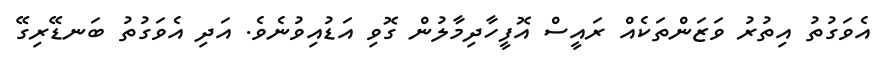
އެވަގުތު އިތުރު ވަޒަންތަކެއް ރައީސް އޮފީހާދިމާލުން ގޮވި އަޑުއިވުނެވެ. އަދި އެވަގުތު ބަނޑޭރިގޭ